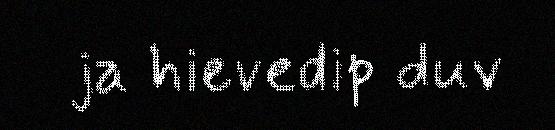
ja hievedip duv